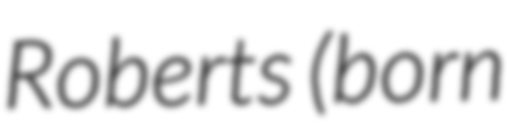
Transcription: Roberts (born